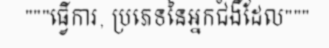
"""ធ្វើការ, ប្រភេទនៃអ្នកជំងឺដែល"""